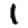
Digit: 1